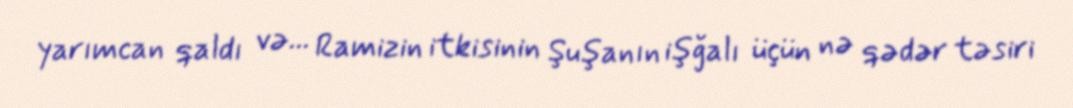
yarımcan qaldı və... Ramizin itkisinin Şuşanın işğalı üçün nə qədər təsiri